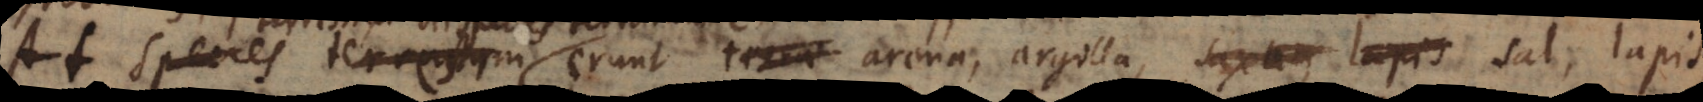
species terrarum erunt arena, argilla, saxum, lapis sal, lapis,